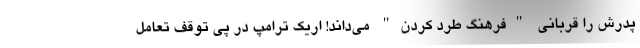
پدرش را قربانی "فرهنگ طرد کردن" می‌داند! اریک ترامپ در پی توقف تعامل